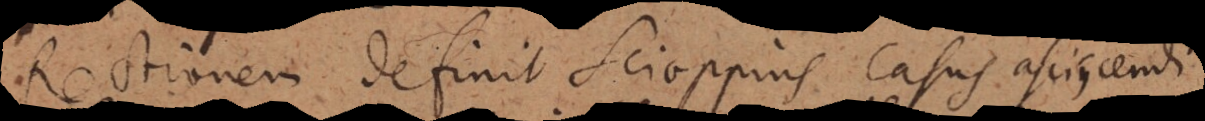
Rectionem definit Scioppius casus asciscendi